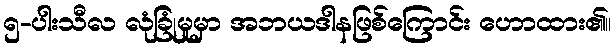
၅-ပါးသီလ လုံခြုံမှုမှာ အဘယဒါနဖြစ်ကြောင်း ဟောထား၏။